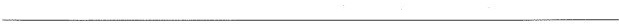
___